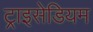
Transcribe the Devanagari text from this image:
ट्राइसेडियम